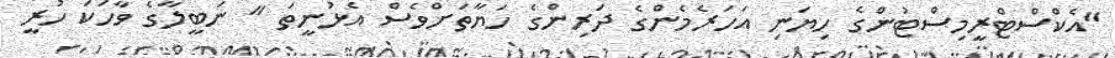
"އެކްސްޓްރީމިސްޓުންގެ ހިޔަނި އަހަރެމެންގެ ދަރިންގެ ހަޔާތަށްވެސް އެޅުނީތަ " ނަބީލާގެ ވާހަކަ ހުރީ